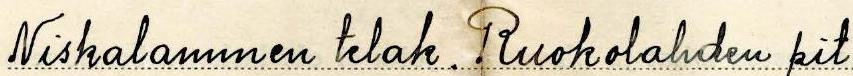
Niskalammen telak. Ruokolahden pit